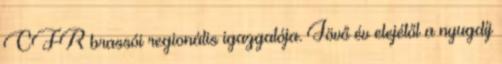
CFR brassói regionális igazgatója. Jövő év elejétől a nyugdíj